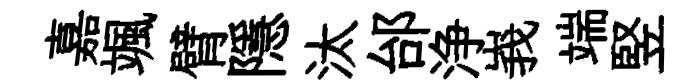
嘉颯臂隱汰邰浄峩端竪